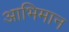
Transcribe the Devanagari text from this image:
आभिमान